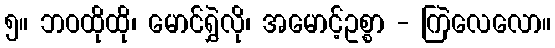
၅။ ဘဝထိုထို၊ မောင်ရွှဲလို၊ အမောင့်ဥစ္စာ - ကြဲလေလော။